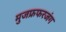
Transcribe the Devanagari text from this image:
मुजफ्रफरजंग